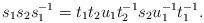
LaTeX: \begin{align*}s_1s_2s_1^{-1}=t_1t_2u_1t_2^{-1}s_2u_1^{-1}t_1^{-1}.\end{align*}